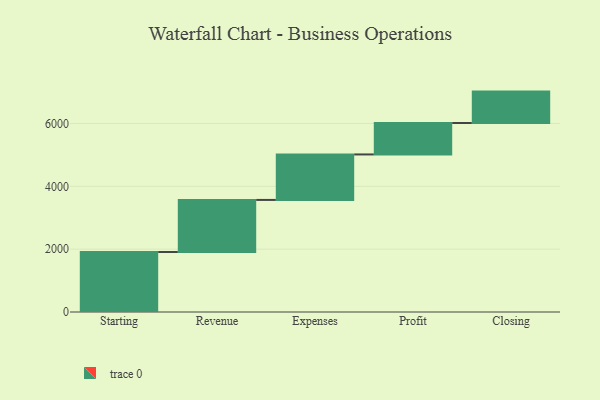
{"axis": {"x": "Step", "y": "Value"}, "legend": [""], "data": [{"x": "Starting", "y": 1910.0, "type": ""}, {"x": "Revenue", "y": 1657.0, "type": ""}, {"x": "Expenses", "y": 1448.0, "type": ""}, {"x": "Profit", "y": 1000, "type": ""}, {"x": "Closing", "y": 1000, "type": ""}]}